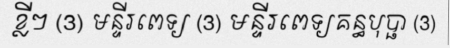
ខ្លីៗ (3) មន្ទីរពេទ្យ (3) មន្ទីរពេទ្យគន្ធបុប្ផា (3)